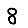
Digit: 8